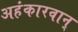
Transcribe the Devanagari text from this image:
अहंकारवान्